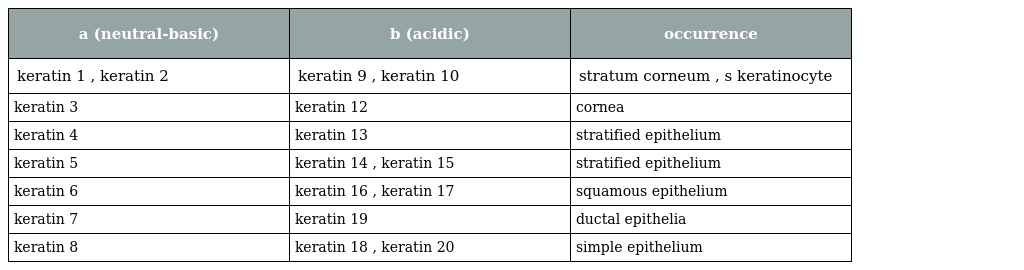
| a (neutral-basic) | b (acidic) | occurrence |
 | --- | --- | --- |
 | keratin 1 , keratin 2 | keratin 9 , keratin 10 | stratum corneum , s keratinocyte |
 | keratin 3 | keratin 12 | cornea |
 | keratin 4 | keratin 13 | stratified epithelium |
 | keratin 5 | keratin 14 , keratin 15 | stratified epithelium |
 | keratin 6 | keratin 16 , keratin 17 | squamous epithelium |
 | keratin 7 | keratin 19 | ductal epithelia |
 | keratin 8 | keratin 18 , keratin 20 | simple epithelium |